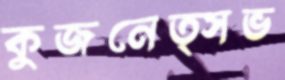
কুজনেত্সভ